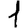
Digit: 1